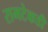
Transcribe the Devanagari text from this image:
रामटेकडी